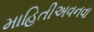
માહિતીઅવનવા